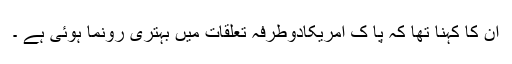
ان کا کہنا تھا کہ پا ک امریکادوطرفہ تعلقات میں بہتری رونما ہوئی ہے ۔